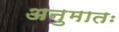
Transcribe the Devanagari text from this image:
अनुमातः